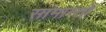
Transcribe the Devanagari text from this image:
सामान्तों